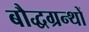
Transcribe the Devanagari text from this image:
बौद्धग्रन्थों